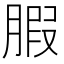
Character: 腵